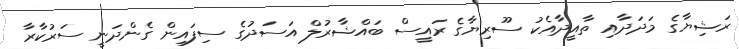
ރަޝިޔާގެ މަދަދާއި ތާއީދާއެކު ސޫރިޔާގެ ރައީސް ބައްޝާރުލް އަސަދުގެ ސިފައިން ގެންދަނީ ސަރުކާރާ